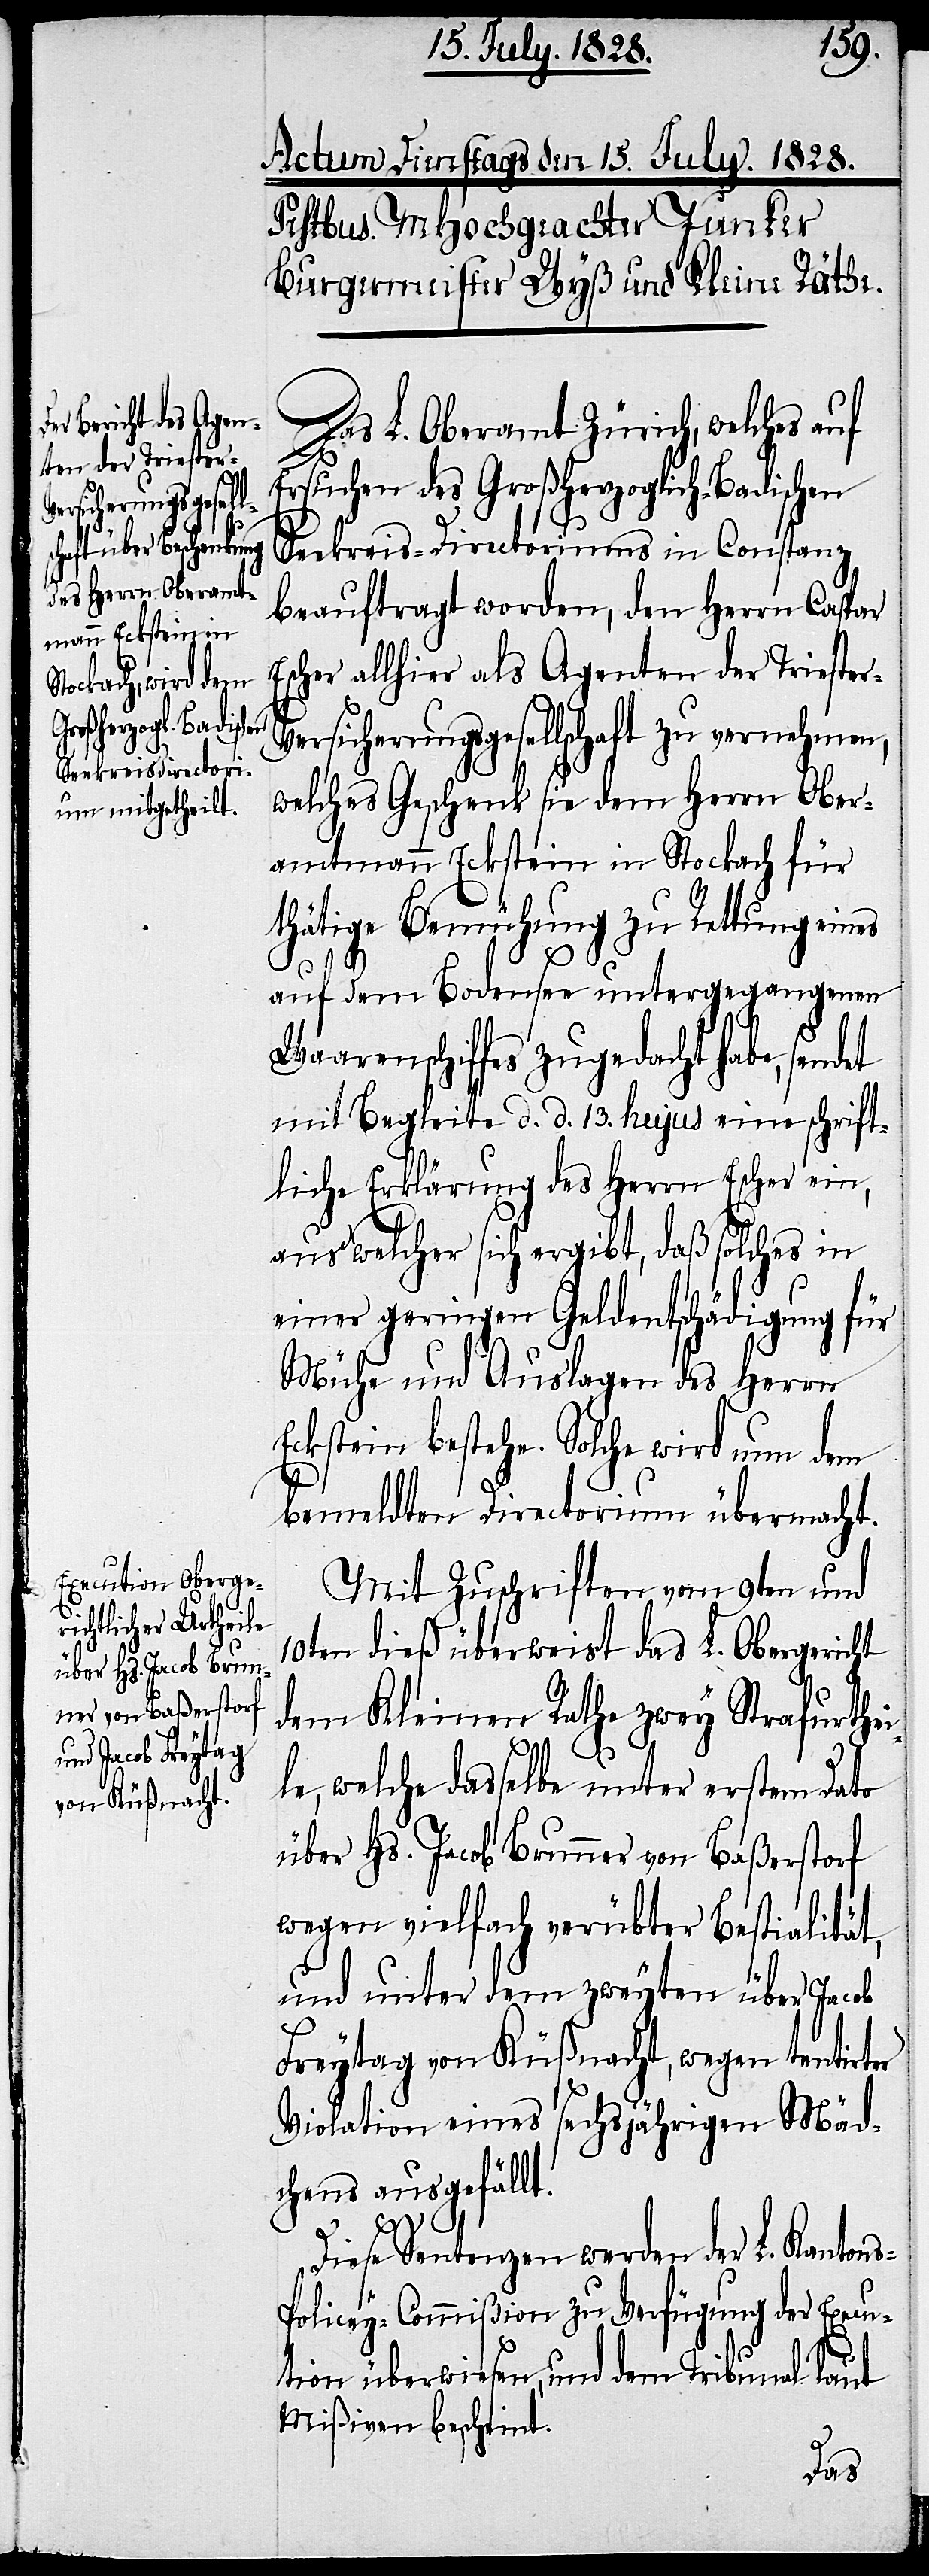
er

Das L. Oberamt Zürich, welches auf
Ersuchen des Großherzoglich-Badischen
Seekreis-Directoriums in Constanz
beauftragt worden, den Herrn Caspar
Escher allhier als Agenten der Trieste¬
ersicherungsgesellschaft zu vernehmen,
welches Geschenk sie dem Herrn Ober¬
amtmann Eckstein in Stockach für
thätige Bemühung zu Rettung
auf dem Bodensee untergegangenen
Waarenschiffes zugedacht habe, sendet
mit Begleite d. d. 13. hujus eine schrift¬
liche Erklärung des Herrn Escher ein,
aus welcher sich ergibt, daß solches in
einer geringen Geldentschädigung für
Mühe und Auslagen des Herrn
Eckstein bestehe. Solche wird um dem
bemeldten Directorium übermacht.
Mit Zuschriften vom 9ten und
10ten dieß überweist das L. Obergericht
dem Kleinen Rathe zwey Strafurthei¬
le, welche dasselbe unter erstem Dato
über Hs. Jacob Brunner von Baßerstorf
wegen vielfach verübter Bestialität,
und unter dem zweyten über Jacob
Freytag von Küßnacht, wegen tentirt¬
Violation eines sechsjährigen Mäd¬
chens ausgefällt.
Diese Sentenzen werden der L. Kanton¬
s-Policey-Commißion zu Verfügung der Execu¬
tion überwiesen, und dem Tribunal laut
Mißiven bescheint.